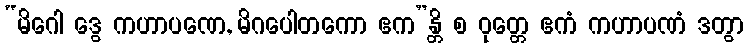
“မိဂေါ ဒွေ ကဟာပဏေ, မိဂပေါတကော ဧက”န္တိ စ ဝုတ္တေ ဧကံ ကဟာပဏံ ဒတွာ